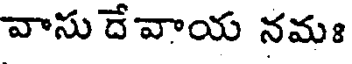
వాసు దేవాయ నమః